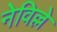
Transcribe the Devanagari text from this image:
नेविल्ले